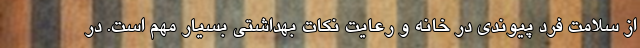
از سلامت فرد پیوندی در خانه و رعایت نکات بهداشتی بسیار مهم است. در